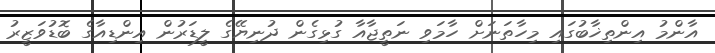
އާންމު އިންތިޚާބުގައި މިހާތަނަށް ހާމަވި ނަތީޖާއާ ގުޅިގެން ދުނިޔޭގެ ލީޑަރުން އިންޑިއާގެ ބޮޑުވަޒީރު